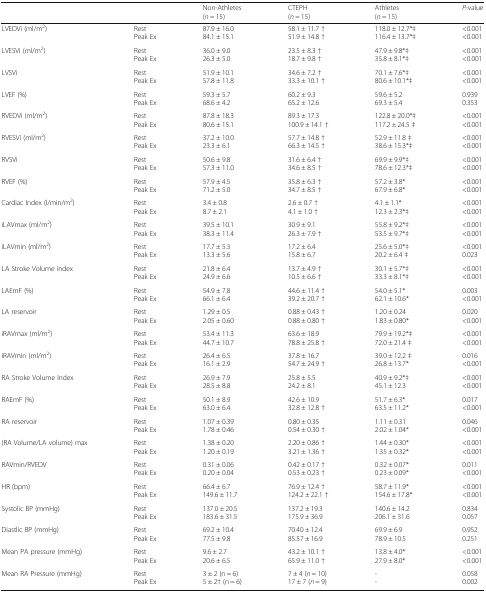
<table><thead><tr><td colspan="2"></td><td><b>Non-Athletes(<i>n</i> = 15)</b></td><td><b>CTEPH(<i>n</i> = 15)</b></td><td><b>Athletes(<i>n</i> = 15)</b></td><td><b><i>P</i>-value</b></td></tr></thead><tbody><tr><td>LVEDVi (ml/m<sup>2</sup>)</td><td>RestPeak Ex</td><td>87.9 ± 16.084.1 ± 15.1</td><td>58.1 ± 11.7 †51.9 ± 14.8 †</td><td>118.0 ± 12.7*‡116.4 ± 13.7*‡</td><td>&lt;0.001&lt;0.001</td></tr><tr><td>LVESVi (ml/m<sup>2</sup>)</td><td>RestPeak Ex</td><td>36.0 ± 9.026.3 ± 5.0</td><td>23.5 ± 8.3 †18.7 ± 9.8 †</td><td>47.9 ± 9.8*‡35.8 ± 8.1*‡</td><td>&lt;0.001&lt;0.001</td></tr><tr><td>LVSVi</td><td>RestPeak Ex</td><td>51.9 ± 10.157.8 ± 11.8</td><td>34.6 ± 7.2 †33.3 ± 10.1 †</td><td>70.1 ± 7.6*‡80.6 ± 10.1*‡</td><td>&lt;0.001&lt;0.001</td></tr><tr><td>LVEF (%)</td><td>RestPeak Ex</td><td>59.3 ± 5.768.6 ± 4.2</td><td>60.2 ± 9.365.2 ± 12.6</td><td>59.6 ± 5.269.3 ± 5.4</td><td>0.9390.353</td></tr><tr><td>RVEDVi (ml/m<sup>2</sup>)</td><td>RestPeak Ex</td><td>87.8 ± 18.380.6 ± 15.1</td><td>89.3 ± 17.3100.9 ± 14.1 †</td><td>122.8 ± 20.0*‡117.2 ± 24.5 ‡</td><td>&lt;0.001&lt;0.001</td></tr><tr><td>RVESVi (ml/m<sup>2</sup>)</td><td>RestPeak Ex</td><td>37.2 ± 10.023.3 ± 6.1</td><td>57.7 ± 14.8 †66.3 ± 14.5 †</td><td>52.9 ± 11.8 ‡38.6 ± 15.3*‡</td><td>&lt;0.001&lt;0.001</td></tr><tr><td>RVSVi</td><td>RestPeak Ex</td><td>50.6 ± 9.857.3 ± 11.0</td><td>31.6 ± 6.4 †34.6 ± 8.5 †</td><td>69.9 ± 9.9*‡78.6 ± 12.3*‡</td><td>&lt;0.001&lt;0.001</td></tr><tr><td>RVEF (%)</td><td>RestPeak Ex</td><td>57.9 ± 4.571.2 ± 5.0</td><td>35.8 ± 6.3 †34.7 ± 8.5 †</td><td>57.2 ± 3.8*67.9 ± 6.8*</td><td>&lt;0.001&lt;0.001</td></tr><tr><td>Cardiac Index (l/min/m<sup>2</sup>)</td><td>RestPeak Ex</td><td>3.4 ± 0.88.7 ± 2.1</td><td>2.6 ± 0.7 †4.1 ± 1.0 †</td><td>4.1 ± 1.1*12.3 ± 2.3*‡</td><td>&lt;0.001&lt;0.001</td></tr><tr><td>iLAVmax (ml/m<sup>2</sup>)</td><td>RestPeak Ex</td><td>39.5 ± 10.138.3 ± 11.4</td><td>30.9 ± 9.126.3 ± 7.9 †</td><td>55.8 ± 9.2*‡53.5 ± 9.7*‡</td><td>&lt;0.001&lt;0.001</td></tr><tr><td>iLAVmin (ml/m<sup>2</sup>)</td><td>RestPeak Ex</td><td>17.7 ± 5.313.3 ± 5.6</td><td>17.2 ± 6.415.8 ± 6.7</td><td>25.6 ± 5.0*‡20.2 ± 6.4 ‡</td><td>&lt;0.0010.023</td></tr><tr><td>LA Stroke Volume index</td><td>RestPeak Ex</td><td>21.8 ± 6.424.9 ± 6.6</td><td>13.7 ± 4.9 †10.5 ± 6.6 †</td><td>30.1 ± 5.7*‡33.3 ± 8.1*‡</td><td>&lt;0.001&lt;0.001</td></tr><tr><td>LAEmF (%)</td><td>RestPeak Ex</td><td>54.9 ± 7.866.1 ± 6.4</td><td>44.6 ± 11.4 †39.2 ± 20.7 †</td><td>54.0 ± 5.1*62.1 ± 10.6*</td><td>0.003&lt;0.001</td></tr><tr><td>LA reservoir</td><td>RestPeak Ex</td><td>1.29 ± 0.52.05 ± 0.60</td><td>0.88 ± 0.43 †0.88 ± 0.80 †</td><td>1.20 ± 0.241.83 ± 0.80*</td><td>0.020&lt;0.001</td></tr><tr><td>iRAVmax (ml/m<sup>2</sup>)</td><td>RestPeak Ex</td><td>53.4 ± 11.344.7 ± 10.7</td><td>63.6 ± 18.978.8 ± 25.8 †</td><td>79.9 ± 19.2*‡72.0 ± 21.4 ‡</td><td>&lt;0.001&lt;0.001</td></tr><tr><td>iRAVmin (ml/m<sup>2</sup>)</td><td>RestPeak Ex</td><td>26.4 ± 6.516.1 ± 2.9</td><td>37.8 ± 16.754.7 ± 24.9 †</td><td>39.0 ± 12.2 ‡26.8 ± 13.7*</td><td>0.016&lt;0.001</td></tr><tr><td>RA Stroke Volume Index</td><td>RestPeak Ex</td><td>26.9 ± 7.928.5 ± 8.8</td><td>25.8 ± 5.524.2 ± 8.1</td><td>40.9 ± 9.2*‡45.1 ± 12.3</td><td>&lt;0.001&lt;0.001</td></tr><tr><td>RAEmF (%)</td><td>RestPeak Ex</td><td>50.1 ± 8.963.0 ± 6.4</td><td>42.6 ± 10.932.8 ± 12.8 †</td><td>51.7 ± 6.3*63.5 ± 11.2*</td><td>0.017&lt;0.001</td></tr><tr><td>RA reservoir</td><td>RestPeak Ex</td><td>1.07 ± 0.391.78 ± 0.46</td><td>0.80 ± 0.350.54 ± 0.30 †</td><td>1.11 ± 0.312.02 ± 1.04*</td><td>0.046&lt;0.001</td></tr><tr><td>(RA Volume/LA volume) max</td><td>RestPeak Ex</td><td>1.38 ± 0.201.20 ± 0.19</td><td>2.20 ± 0.86 †3.21 ± 1.36 †</td><td>1.44 ± 0.30*1.35 ± 0.32*</td><td>&lt;0.001&lt;0.001</td></tr><tr><td>RAVmin/RVEDV</td><td>RestPeak Ex</td><td>0.31 ± 0.060.20 ± 0.04</td><td>0.42 ± 0.17 †0.53 ± 0.23 †</td><td>0.32 ± 0.07*0.23 ± 0.09*</td><td>0.011&lt;0.001</td></tr><tr><td>HR (bpm)</td><td>RestPeak Ex</td><td>66.4 ± 6.7149.6 ± 11.7</td><td>76.9 ± 12.4 †124.2 ± 22.1 †</td><td>58.7 ± 11.9*154.6 ± 17.8*</td><td>&lt;0.001&lt;0.001</td></tr><tr><td>Systolic BP (mmHg)</td><td>RestPeak Ex</td><td>137.0 ± 20.5183.6 ± 31.5</td><td>137.2 ± 19.3175.9 ± 36.9</td><td>140.6 ± 14.2206.1 ± 31.6</td><td>0.8340.057</td></tr><tr><td>Diastlic BP (mmHg)</td><td>RestPeak Ex</td><td>69.2 ± 10.477.5 ± 9.8</td><td>70.40 ± 12.485.57 ± 16.9</td><td>69.9 ± 6.978.9 ± 10.5</td><td>0.9520.251</td></tr><tr><td>Mean PA pressure (mmHg)</td><td>RestPeak Ex</td><td>9.6 ± 2.720.6 ± 6.5</td><td>43.2 ± 10.1 †65.9 ± 11.0 †</td><td>13.8 ± 4.0*27.9 ± 8.0*</td><td>&lt;0.001&lt;0.001</td></tr><tr><td>Mean RA Pressure (mmHg)</td><td>RestPeak Ex</td><td>3 ± 2 (n = 6)5 ± 2† (n = 6)</td><td>7 ± 4 (<i>n</i> = 10)17 ± 7 (<i>n</i> = 9)</td><td>--</td><td>0.0580.002</td></tr></tbody></table>